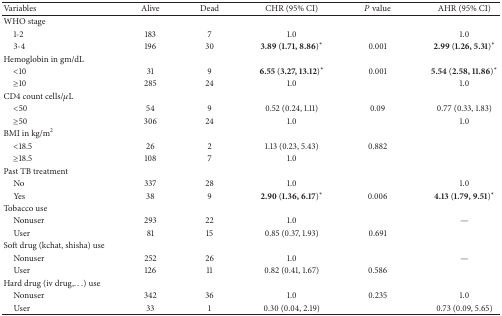
<table><thead><tr><td><b>Variables</b></td><td><b>Alive </b></td><td><b>Dead </b></td><td><b>CHR (95% CI)</b></td><td><b><i>P</i> value</b></td><td><b>AHR (95% CI)</b></td></tr></thead><tbody><tr><td>WHO stage</td><td> </td><td> </td><td> </td><td> </td><td> </td></tr><tr><td> 1-2</td><td>183</td><td>7</td><td>1.0</td><td> </td><td>1.0</td></tr><tr><td> 3-4</td><td>196</td><td>30</td><td><b>3.89</b> (<b>1.71, 8.86</b>)∗</td><td>0.001</td><td><b>2.99</b> (<b>1.26, 5.31</b>)∗</td></tr><tr><td>Hemoglobin in gm/dL</td><td> </td><td> </td><td> </td><td> </td><td> </td></tr><tr><td> &lt;10</td><td>31</td><td>9</td><td><b>6.55</b> (<b>3.27, 13.12</b>)∗</td><td>0.001</td><td><b>5.54</b> (<b>2.58, 11.86</b>)∗</td></tr><tr><td> ≥10</td><td>285</td><td>24</td><td>1.0</td><td> </td><td>1.0</td></tr><tr><td>CD4 count cells/<i>μ</i>L</td><td> </td><td> </td><td> </td><td> </td><td> </td></tr><tr><td> &lt;50</td><td>54</td><td>9</td><td>0.52 (0.24, 1.11)</td><td>0.09</td><td>0.77 (0.33, 1.83)</td></tr><tr><td> ≥50</td><td>306</td><td>24</td><td>1.0</td><td> </td><td>1.0</td></tr><tr><td>BMI in kg/m<sup>2</sup></td><td> </td><td> </td><td> </td><td> </td><td> </td></tr><tr><td> &lt;18.5</td><td>26</td><td>2</td><td>1.13 (0.23, 5.43)</td><td>0.882</td><td> </td></tr><tr><td> ≥18.5</td><td>108</td><td>7</td><td>1.0</td><td> </td><td> </td></tr><tr><td>Past TB treatment</td><td> </td><td> </td><td> </td><td> </td><td> </td></tr><tr><td> No</td><td>337</td><td>28</td><td>1.0</td><td> </td><td>1.0</td></tr><tr><td> Yes</td><td>38</td><td>9</td><td><b>2.90</b> (<b>1.36, 6.17</b>)∗</td><td>0.006</td><td><b>4.13</b> (<b>1.79, 9.51</b>)∗</td></tr><tr><td>Tobacco use</td><td> </td><td> </td><td> </td><td> </td><td> </td></tr><tr><td> Nonuser</td><td>293</td><td>22</td><td>1.0</td><td> </td><td>—</td></tr><tr><td> User</td><td>81</td><td>15</td><td>0.85 (0.37, 1.93)</td><td>0.691</td><td> </td></tr><tr><td>Soft drug (kchat, shisha) use</td><td> </td><td> </td><td> </td><td> </td><td> </td></tr><tr><td> Nonuser</td><td>252</td><td>26</td><td>1.0</td><td> </td><td>—</td></tr><tr><td> User</td><td>126</td><td>11</td><td>0.82 (0.41, 1.67)</td><td>0.586</td><td> </td></tr><tr><td>Hard drug (iv drug,...) use</td><td> </td><td> </td><td> </td><td> </td><td> </td></tr><tr><td> Nonuser</td><td>342</td><td>36</td><td>1.0</td><td>0.235</td><td>1.0</td></tr><tr><td> User</td><td>33</td><td>1</td><td>0.30 (0.04, 2.19)</td><td> </td><td>0.73 (0.09, 5.65)</td></tr></tbody></table>